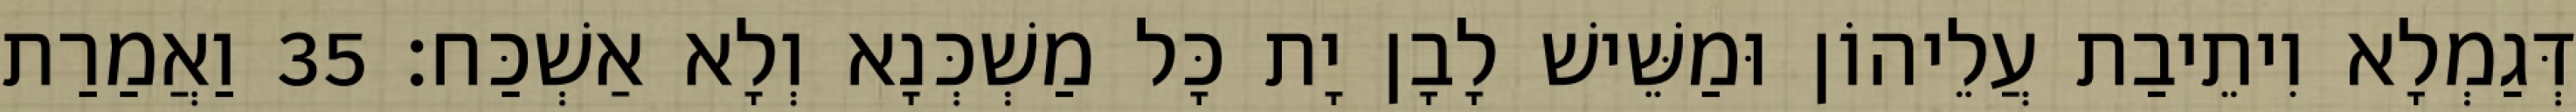
דְּגַמְלָא וִיתֵיבַת עֲלֵיהוֹן וּמַשֵּׁישׁ לָבָן יָת כָּל מַשְׁכְּנָא וְלָא אַשְׁכַּח׃ 35 וַאֲמַרַת